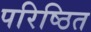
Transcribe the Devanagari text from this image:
परिष्ठित